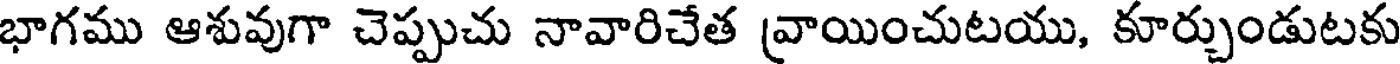
భాగము ఆశువుగా చెప్పుచు నావారిచేత వ్రాయించుటయు, కూర్చుండుటకు